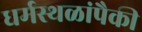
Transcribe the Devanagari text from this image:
धर्मस्थळांपैकी